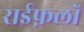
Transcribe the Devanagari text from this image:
राईफ़लों